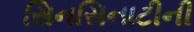
સિનસિનાટીની